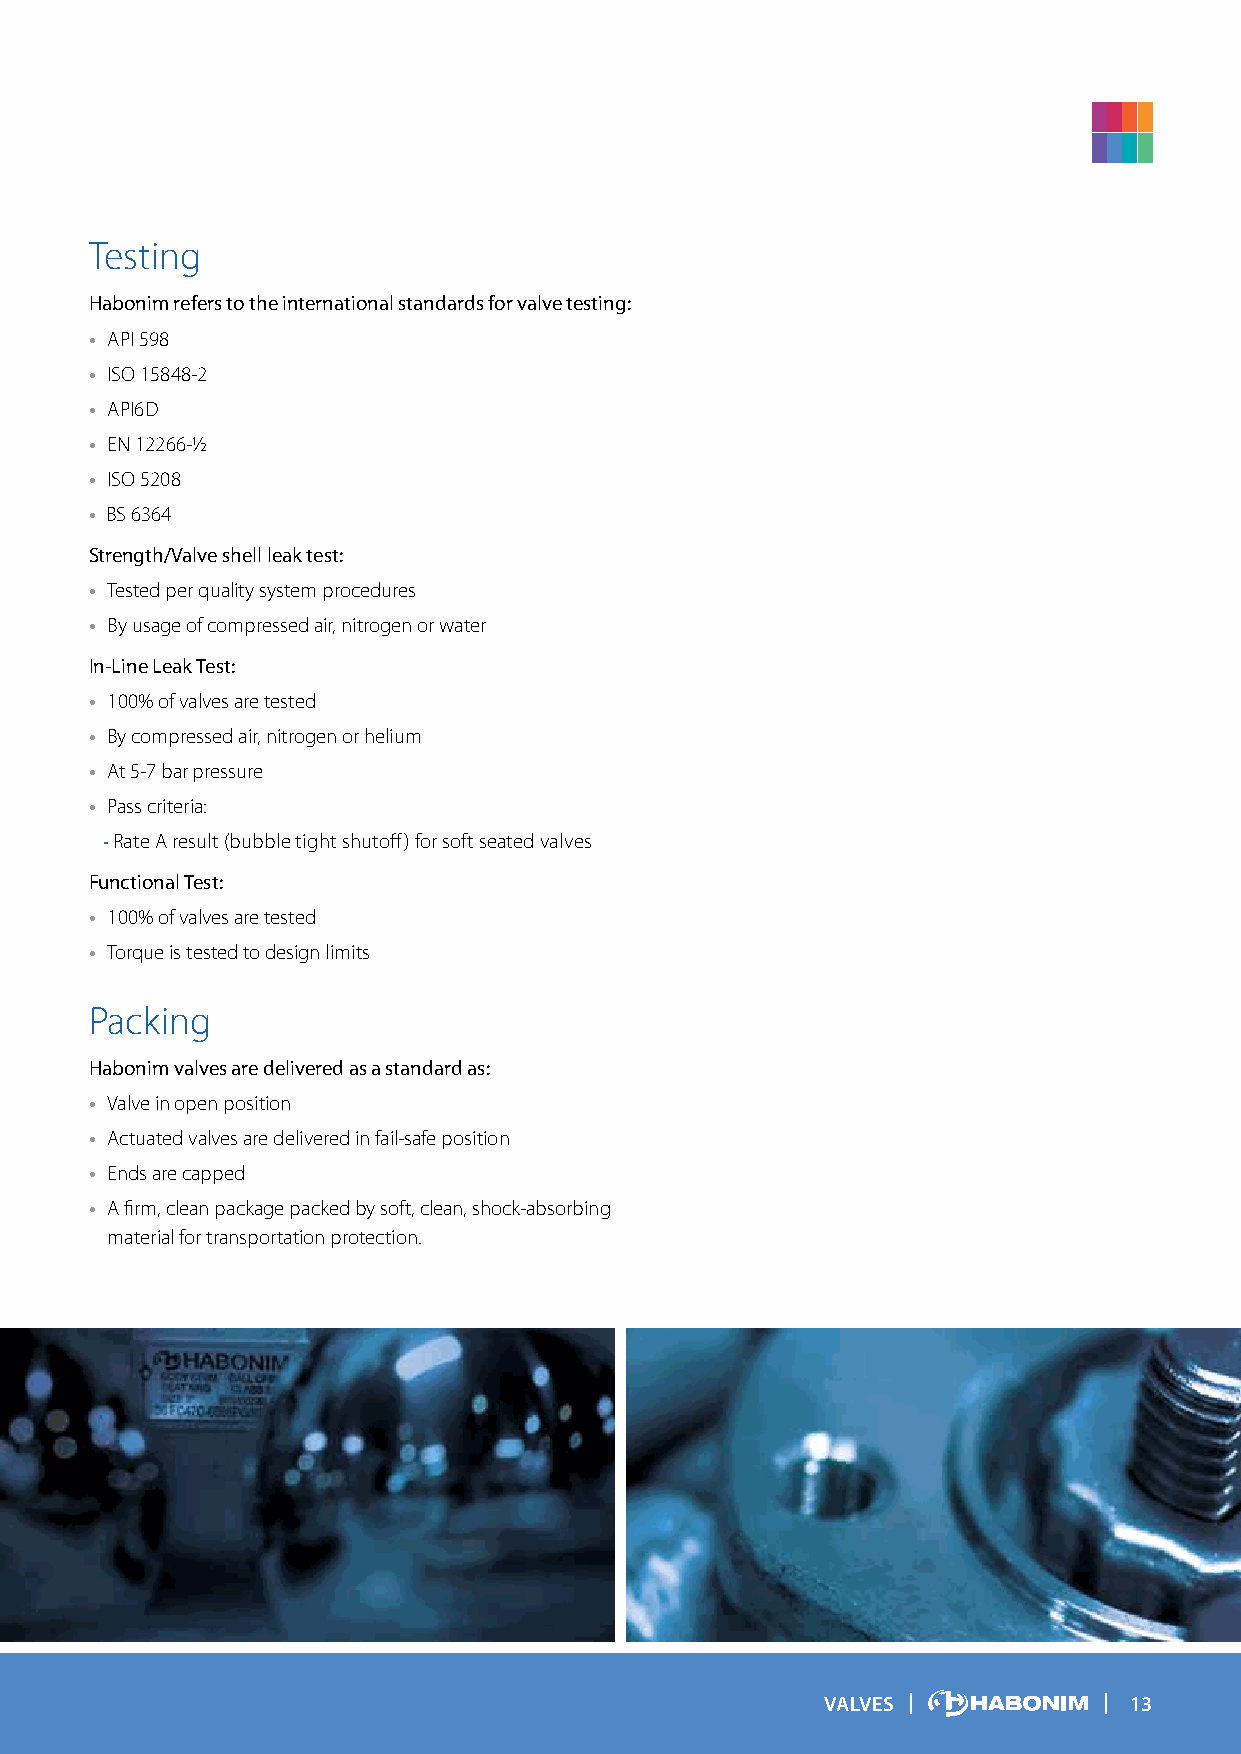
Testing
 Habonim refers to the international standards for valve testing:
 • API 598
 • ISO 15848-2
 • API6D
 • EN 12266-½
 • ISO 5208
 • BS 6364
 Strength/Valve shell leak test:
 • Tested per quality system procedures
 • By usage of compressed air, nitrogen or water
 In-Line Leak Test:
 • 100% of valves are tested
 • By compressed air, nitrogen or helium
 • At 5-7 bar pressure
 • Pass criteria:
 - Rate A result (bubble tight shutoff) for soft seated valves
 Functional Test:
 • 100% of valves are tested
 • Torque is tested to design limits
 Packing
 Habonim valves are delivered as a standard as:
 • Valve in open position
 • Actuated valves are delivered in fail-safe position
 • Ends are capped
 • A firm, clean package packed by soft, clean, shock-absorbing
 material for transportation protection.
 VALVES              13